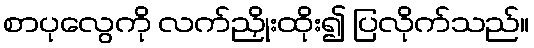
စာပုလွေကို လက်ညှိုးထိုး၍ ပြလိုက်သည်။